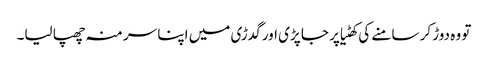
تو وہ دوڑ کر سامنے کی کھٹیا پر جا پڑی اور گدڑی میں اپنا سر منہ چھپا لیا۔